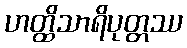
ဟတ္ထိသာရိပုတ္တဿ